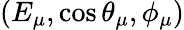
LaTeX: (E_{\mu},\cos\theta_{\mu},\phi_{\mu})